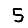
Digit: 5